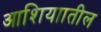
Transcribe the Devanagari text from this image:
आशियाातील